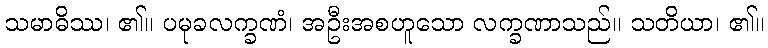
သမာဓိဿ၊ ၏။ ပမုခလက္ခဏံ၊ အဦးအစဟူသော လက္ခဏာသည်။ သတိယာ၊ ၏။